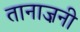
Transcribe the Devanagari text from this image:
तानाज़नी